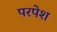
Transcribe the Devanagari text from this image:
परपेश